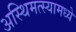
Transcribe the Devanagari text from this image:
अस्थिमत्स्यामध्ये